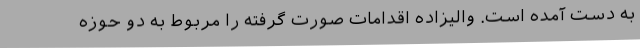
به دست آمده است. والیزاده اقدامات صورت گرفته را مربوط به دو حوزه‌